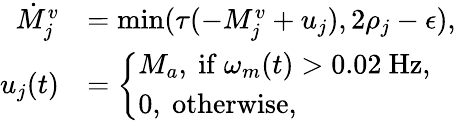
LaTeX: \begin{array}{rl}{\dot{M}_{j}^{v}}&{=\operatorname*{min}(\tau(-M_{j}^{v}+u_{j}),2\rho_{j}-\epsilon),}\\ {u_{j}(t)}&{=\left\{ \begin{array}{ll}{M_{a},\mathrm{~if~}\omega_{m}(t)>0.02\mathrm{~Hz,}}\\ {0,\mathrm{~otherwise},}\end{array}\right.}\end{array}